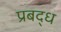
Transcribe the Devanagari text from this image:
प्रबद्ध